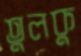
তুলকু